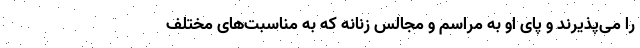
را می‌پذیرند و پای او به مراسم و مجالس زنانه که به مناسبت‌های مختلف